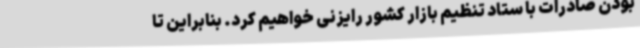
بودن صادرات با ستاد تنظیم بازار کشور رایزنی خواهیم کرد. بنابراین تا